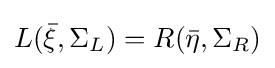
L({\bar {\xi }},\Sigma _{L})=R({\bar {\eta }},\Sigma _{R})